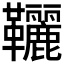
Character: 𩎉